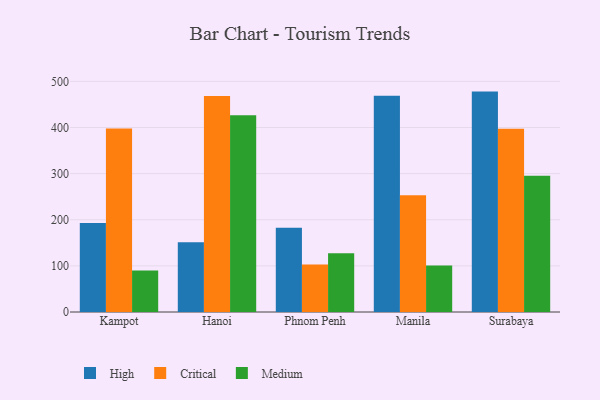
{"axis": {"x": "City", "y": "Demand Index"}, "legend": ["Critical", "High", "Medium"], "data": [{"x": "Kampot", "y": 193.0, "type": "High"}, {"x": "Kampot", "y": 397.8, "type": "Critical"}, {"x": "Kampot", "y": 90.1, "type": "Medium"}, {"x": "Hanoi", "y": 151.2, "type": "High"}, {"x": "Hanoi", "y": 468.5, "type": "Critical"}, {"x": "Hanoi", "y": 426.5, "type": "Medium"}, {"x": "Phnom Penh", "y": 182.4, "type": "High"}, {"x": "Phnom Penh", "y": 102.9, "type": "Critical"}, {"x": "Phnom Penh", "y": 127.1, "type": "Medium"}, {"x": "Manila", "y": 469.0, "type": "High"}, {"x": "Manila", "y": 253.0, "type": "Critical"}, {"x": "Manila", "y": 101.0, "type": "Medium"}, {"x": "Surabaya", "y": 477.8, "type": "High"}, {"x": "Surabaya", "y": 397.5, "type": "Critical"}, {"x": "Surabaya", "y": 295.6, "type": "Medium"}]}